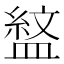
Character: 𭾎